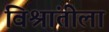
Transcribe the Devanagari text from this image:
विश्रांतीला